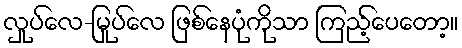
လှုပ်လေ-မြုပ်လေ ဖြစ်နေပုံကိုသာ ကြည့်ပေတော့။